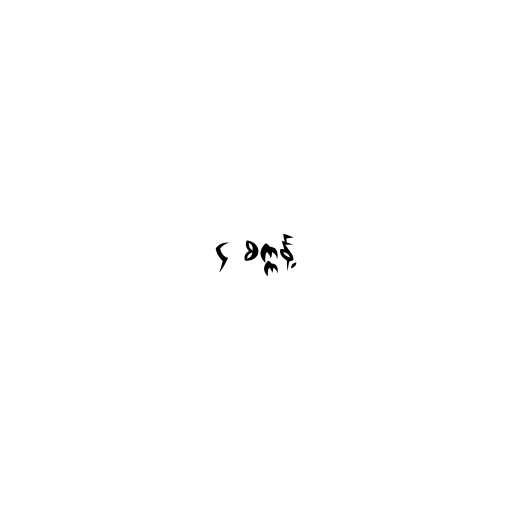
၄ စက္ကန့်